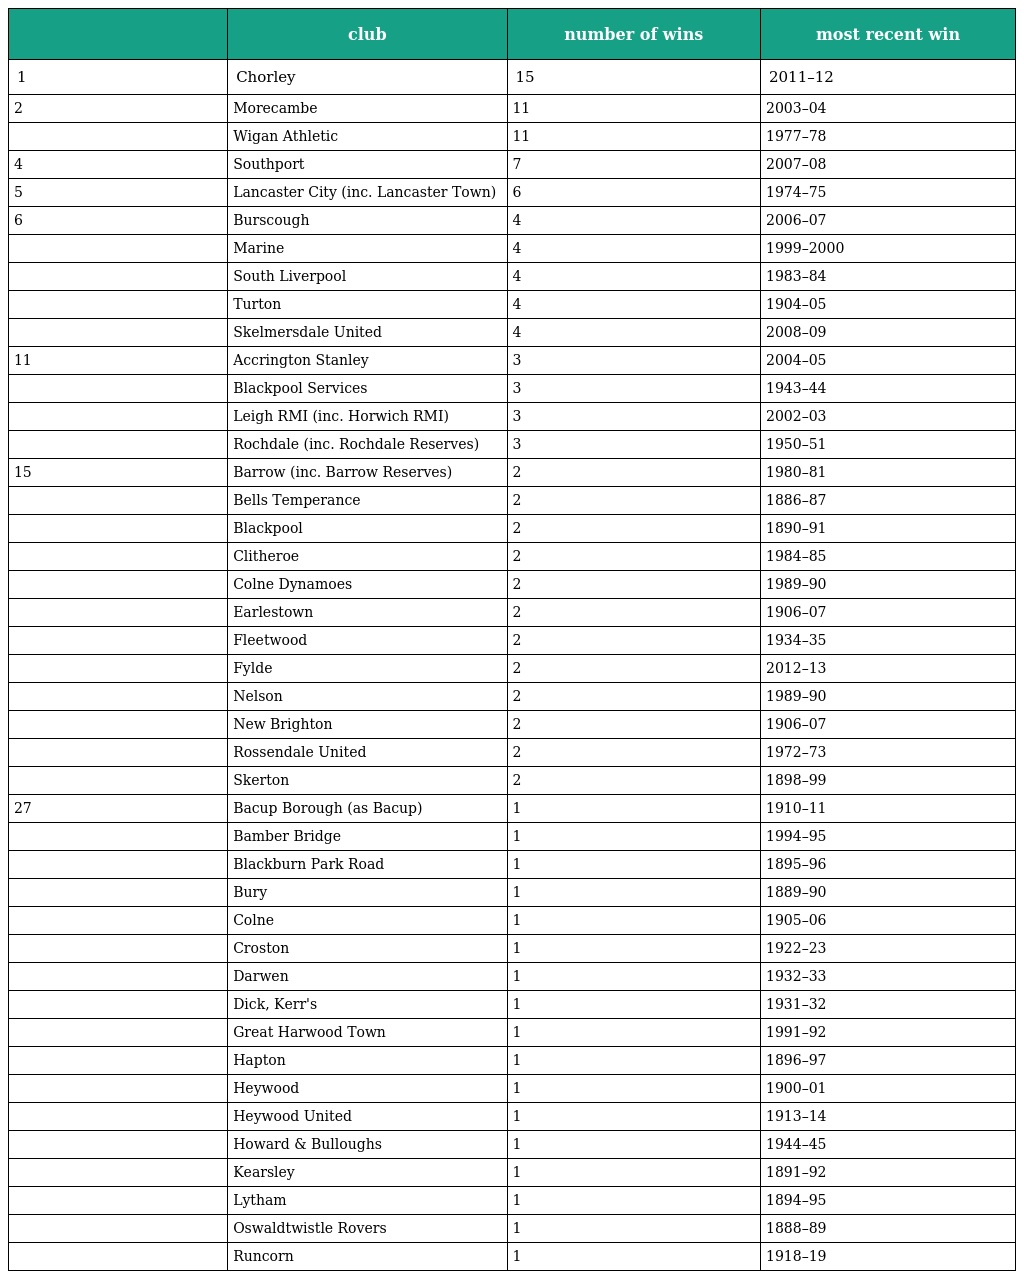
|  | club | number of wins | most recent win |
 | --- | --- | --- | --- |
 | 1 | Chorley | 15 | 2011–12 |
 | 2 | Morecambe | 11 | 2003–04 |
 |  | Wigan Athletic | 11 | 1977–78 |
 | 4 | Southport | 7 | 2007–08 |
 | 5 | Lancaster City (inc. Lancaster Town) | 6 | 1974–75 |
 | 6 | Burscough | 4 | 2006–07 |
 |  | Marine | 4 | 1999–2000 |
 |  | South Liverpool | 4 | 1983–84 |
 |  | Turton | 4 | 1904–05 |
 |  | Skelmersdale United | 4 | 2008–09 |
 | 11 | Accrington Stanley | 3 | 2004–05 |
 |  | Blackpool Services | 3 | 1943–44 |
 |  | Leigh RMI (inc. Horwich RMI) | 3 | 2002–03 |
 |  | Rochdale (inc. Rochdale Reserves) | 3 | 1950–51 |
 | 15 | Barrow (inc. Barrow Reserves) | 2 | 1980–81 |
 |  | Bells Temperance | 2 | 1886–87 |
 |  | Blackpool | 2 | 1890–91 |
 |  | Clitheroe | 2 | 1984–85 |
 |  | Colne Dynamoes | 2 | 1989–90 |
 |  | Earlestown | 2 | 1906–07 |
 |  | Fleetwood | 2 | 1934–35 |
 |  | Fylde | 2 | 2012–13 |
 |  | Nelson | 2 | 1989–90 |
 |  | New Brighton | 2 | 1906–07 |
 |  | Rossendale United | 2 | 1972–73 |
 |  | Skerton | 2 | 1898–99 |
 | 27 | Bacup Borough (as Bacup) | 1 | 1910–11 |
 |  | Bamber Bridge | 1 | 1994–95 |
 |  | Blackburn Park Road | 1 | 1895–96 |
 |  | Bury | 1 | 1889–90 |
 |  | Colne | 1 | 1905–06 |
 |  | Croston | 1 | 1922–23 |
 |  | Darwen | 1 | 1932–33 |
 |  | Dick, Kerr's | 1 | 1931–32 |
 |  | Great Harwood Town | 1 | 1991–92 |
 |  | Hapton | 1 | 1896–97 |
 |  | Heywood | 1 | 1900–01 |
 |  | Heywood United | 1 | 1913–14 |
 |  | Howard & Bulloughs | 1 | 1944–45 |
 |  | Kearsley | 1 | 1891–92 |
 |  | Lytham | 1 | 1894–95 |
 |  | Oswaldtwistle Rovers | 1 | 1888–89 |
 |  | Runcorn | 1 | 1918–19 |